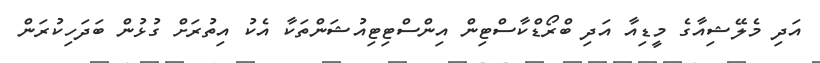
އަދި މެލޭޝިއާގެ މީޑިއާ އަދި ބްރޯޑްކާސްޓިން އިންސްޓިޓިއުޝަންތަކާ އެކު އިތުރަށް ގުޅުން ބަދަހިކުރަން